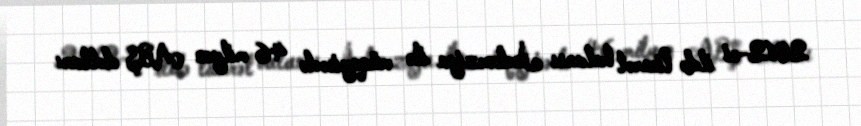
2012-ci ildə ticarət balansı İndoneziya ilə müqayisədə 46 milyon ABŞ dolları